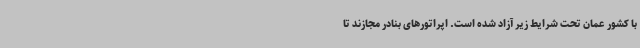
با کشور عمان تحت شرایط زیر آزاد شده است. اپراتورهای بنادر مجازند تا